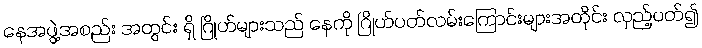
နေအဖွဲ့အစည်း အတွင်း ရှိ ဂြိုဟ်များသည် နေကို ဂြိုဟ်ပတ်လမ်းကြောင်းများအတိုင်း လှည့်ပတ်၍